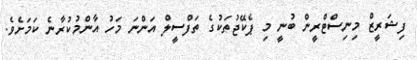
ފިޝަރީޒް މިނިސްޓްރީން ބުނީ މި ޕެކޭޖުތަކުގެ ތަފްސީލް އަންނަ މަހު އާންމުކުރާނެ ކަމަށެވެ.